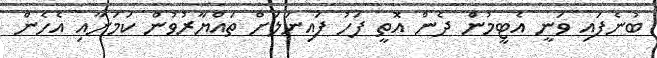
ބުނެފައި ވަނީ އެޓީމުން ދެން އޮތީ ފަހު ފައިނަލަށް ތައްޔާރުވުން ކަމަށާއި އެހެން